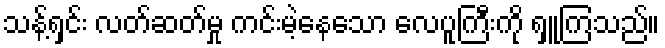
သန့်ရှင်း လတ်ဆတ်မှု ကင်းမဲ့နေသော လေပူကြီးကို ရှူကြသည်။